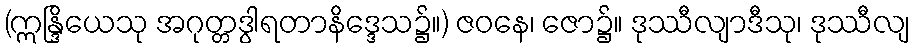
(ဣန္ဒြိယေသု အဂုတ္တဒွါရတာနိဒ္ဒေသ၌။) ဇဝနေ၊ ဇော၌။ ဒုဿီလျာဒီသု၊ ဒုဿီလျ